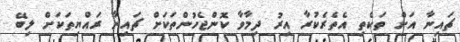
ޗައިނާ އަށް ތަކެތި އެތެރެކުރާ އިރު ދިމާވާ ކޮންޖެހުންތަކަށް ޗައިނާ ރައްޔިތަކަށް ލިބޭ